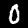
Label: 0